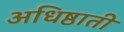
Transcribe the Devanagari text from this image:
अधिष्ठाती